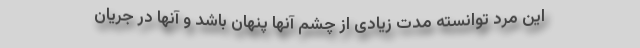
این مرد توانسته مدت زیادی از چشم آنها پنهان باشد و آنها در جریان